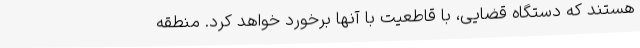
هستند که دستگاه قضایی، با قاطعیت با آنها برخورد خواهد کرد. منطقه